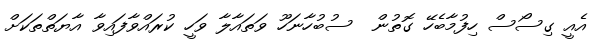
އެއީ ގިސޯސް ހިފުމާބެހޭ ގޮތުން  ސުބުހާނަހޫ ވަތައާލާ ވަހީ ކުރައްވާފައިވާ އާޔަތްތަކަށް